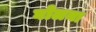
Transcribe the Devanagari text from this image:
घोलना